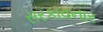
સરકાવનાર